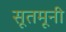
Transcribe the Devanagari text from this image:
सूतमूनी